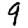
Digit: 9